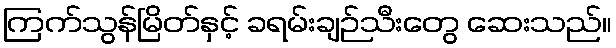
ကြက်သွန်မြိတ်နှင့် ခရမ်းချဉ်သီးတွေ ဆေးသည်။